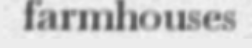
farmhouses